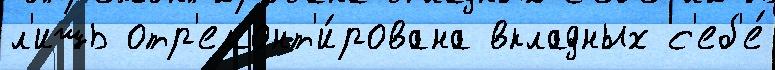
л'ишь отр'емонт'и́рована вкладных с'еб'е́